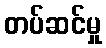
တပ်ဆင်မှု